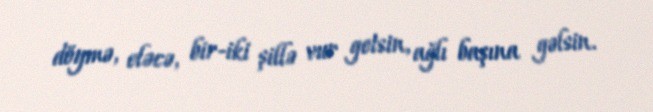
döymə, eləcə, bir-iki şillə vur getsin, ağlı başına gəlsin.